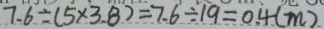
7 . 6 \div ( 5 \times 3 . 8 ) = 7 . 6 \div 1 9 = 0 . 4 ( m )